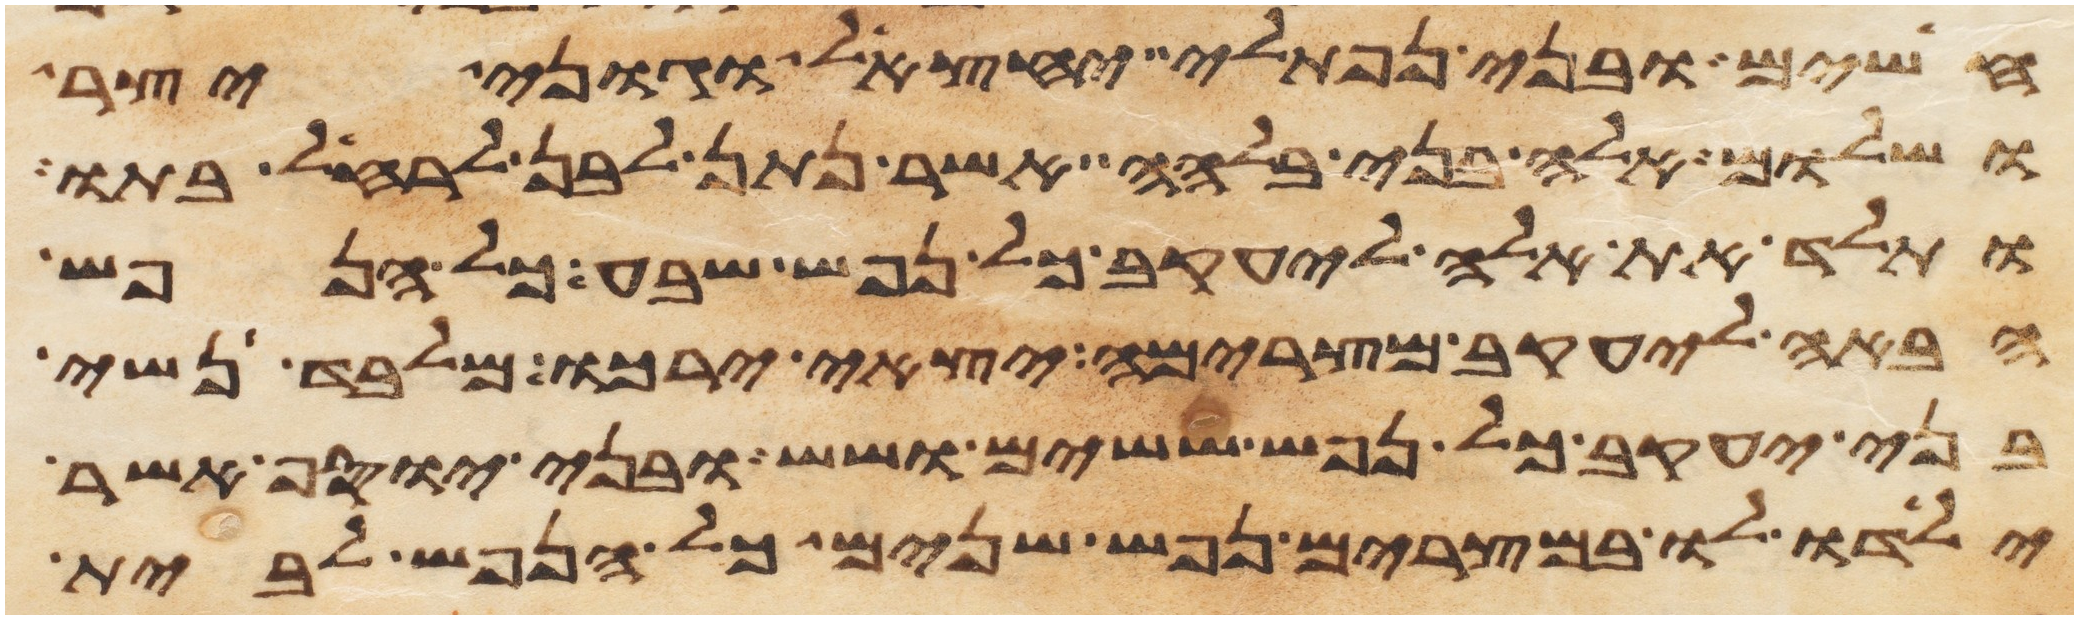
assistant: חשים ובני נפתלי יחצאל וגוני יצר
ושלום אלה בני בלהה אשר נתן לבן לרחל בתו
ותלד את אלה ליעקב כל נפש שבע כל הנפש
הבאה ליעקב מצרימה יצאי ירכו מלבד נשי
בני יעקב כל נפש ששים ושש ובני יוסף אשר
ילדו לו במצרים נפש שנים כל הנפש לבית